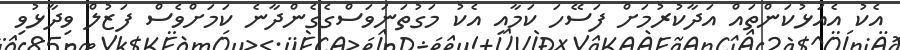
އެކު އެއަޅުކަންތައް އަދާކުރުމަށް ފަސޭހަ ކަމާއި އެކު މަގުތަނަވަސްގެގެންދާނެ ކަމަށްވެސް ފަޒުލް ވިދާޅުވި